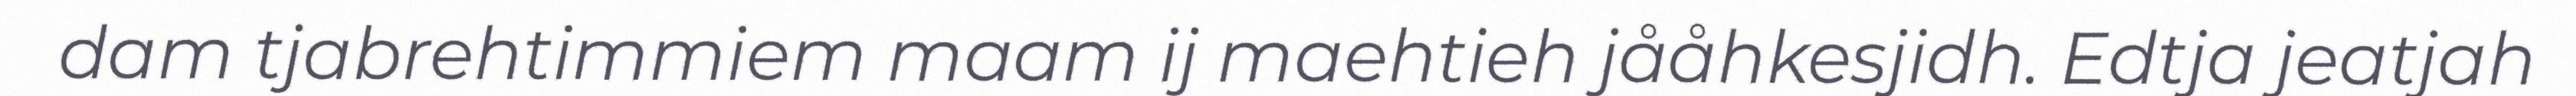
dam tjabrehtimmiem maam ij maehtieh jååhkesjidh. Edtja jeatjah